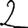
Digit: 2